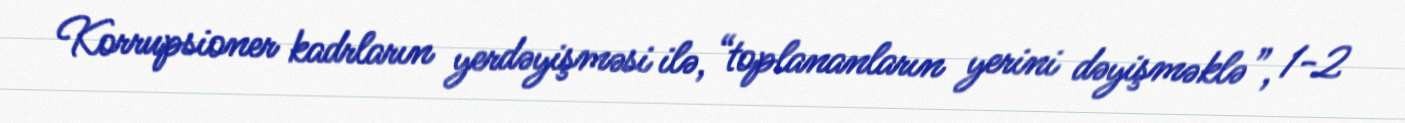
Korrupsioner kadrların yerdəyişməsi ilə, “toplananların yerini dəyişməklə”, 1-2